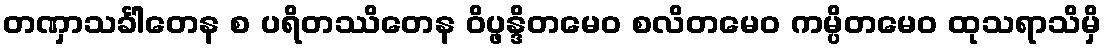
တဏှာသင်္ခါတေန စ ပရိတဿိတေန ဝိပ္ဖန္ဒိတမေဝ စလိတမေဝ ကမ္ပိတမေဝ ထုသရာသိမှိ